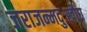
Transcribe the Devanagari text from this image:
जराजन्मदुःखौघ